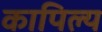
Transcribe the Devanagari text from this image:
कापिल्य